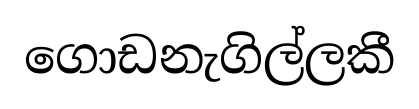
ගොඩනැගිල්ලකී